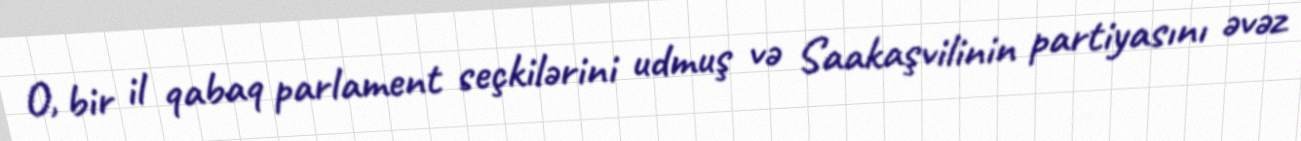
O, bir il qabaq parlament seçkilərini udmuş və Saakaşvilinin partiyasını əvəz